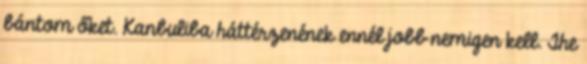
bántom őket. Kanbuliba háttérzenének ennél jobb nemigen kell. The